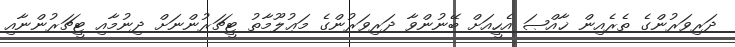
ދަރިވަރުންގެ ތެރެއިން ޚާއްޞަ އެހީއަށް ބޭނުންވާ ދަރިވަރުންގެ މަޢުލޫމާތު ޓީޗަރުންނަށް ދިނުމާއި ޓީޗަރުންނާއި